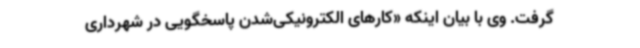
گرفت. وی با بیان اینکه «کارهای الکترونیکی‌شدن پاسخگویی در شهرداری